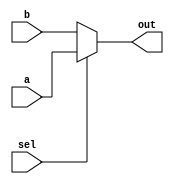
module mux_1to8_ls (a,
                    b,
                    sel,
                    out
            
    );

//Parameter
parameter A=8, D=8;    // A : Adress width    D : Data width 



//wire&reg
input wire [A-1:0] a;
input wire [A-1:0] b;
input wire sel;
output reg [A-1:0] out;



//logic
always @ (sel)
   begin
      if(sel)
         out<=a;
      else             
         out<=b;
   end        
  
endmodule